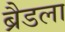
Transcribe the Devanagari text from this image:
ब्रैडला